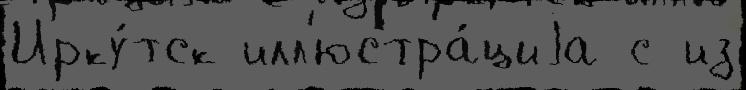
Ирку́тск илл'юстра́циjа с из